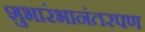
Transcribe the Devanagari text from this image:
शुभारंभानंतरपण